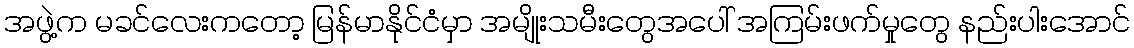
အဖွဲ့က မခင်လေးကတော့ မြန်မာနိုင်ငံမှာ အမျိုးသမီးတွေအပေါ် အကြမ်းဖက်မှုတွေ နည်းပါးအောင်